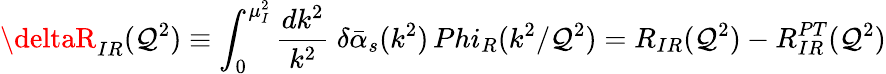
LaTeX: \deltaR_{IR}(\mathcal{Q}^{2})\equiv\int_{0}^{\mu_{I}^{2}}{\frac{{dk^{2}}}{{k^{2}}}}\ \delta\bar{{\alpha}}_{s}(k^{2})\, Phi_{R}(k^{2}/\mathcal{Q}^{2})=R_{IR}(\mathcal{Q}^{2})-R_{IR}^{PT}(\mathcal{Q}^{2})